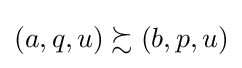
\left(a,q,u\right)\succsim \left(b,p,u\right)